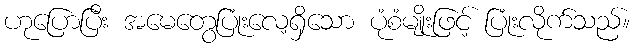
ဟုပြောပြီး အမေတွေပြုံးလေ့ရှိသော ပုံစံမျိုးဖြင့် ပြုံးလိုက်သည်။